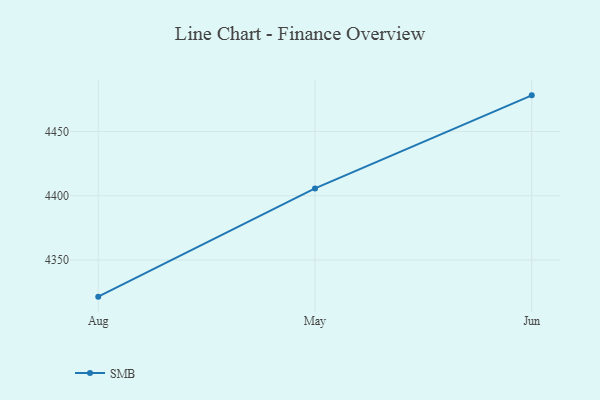
{"axis": {"x": "Month", "y": "Active Users"}, "legend": ["SMB"], "data": [{"x": "Aug", "y": 4321.5, "type": "SMB"}, {"x": "May", "y": 4405.7, "type": "SMB"}, {"x": "Jun", "y": 4478.1, "type": "SMB"}]}